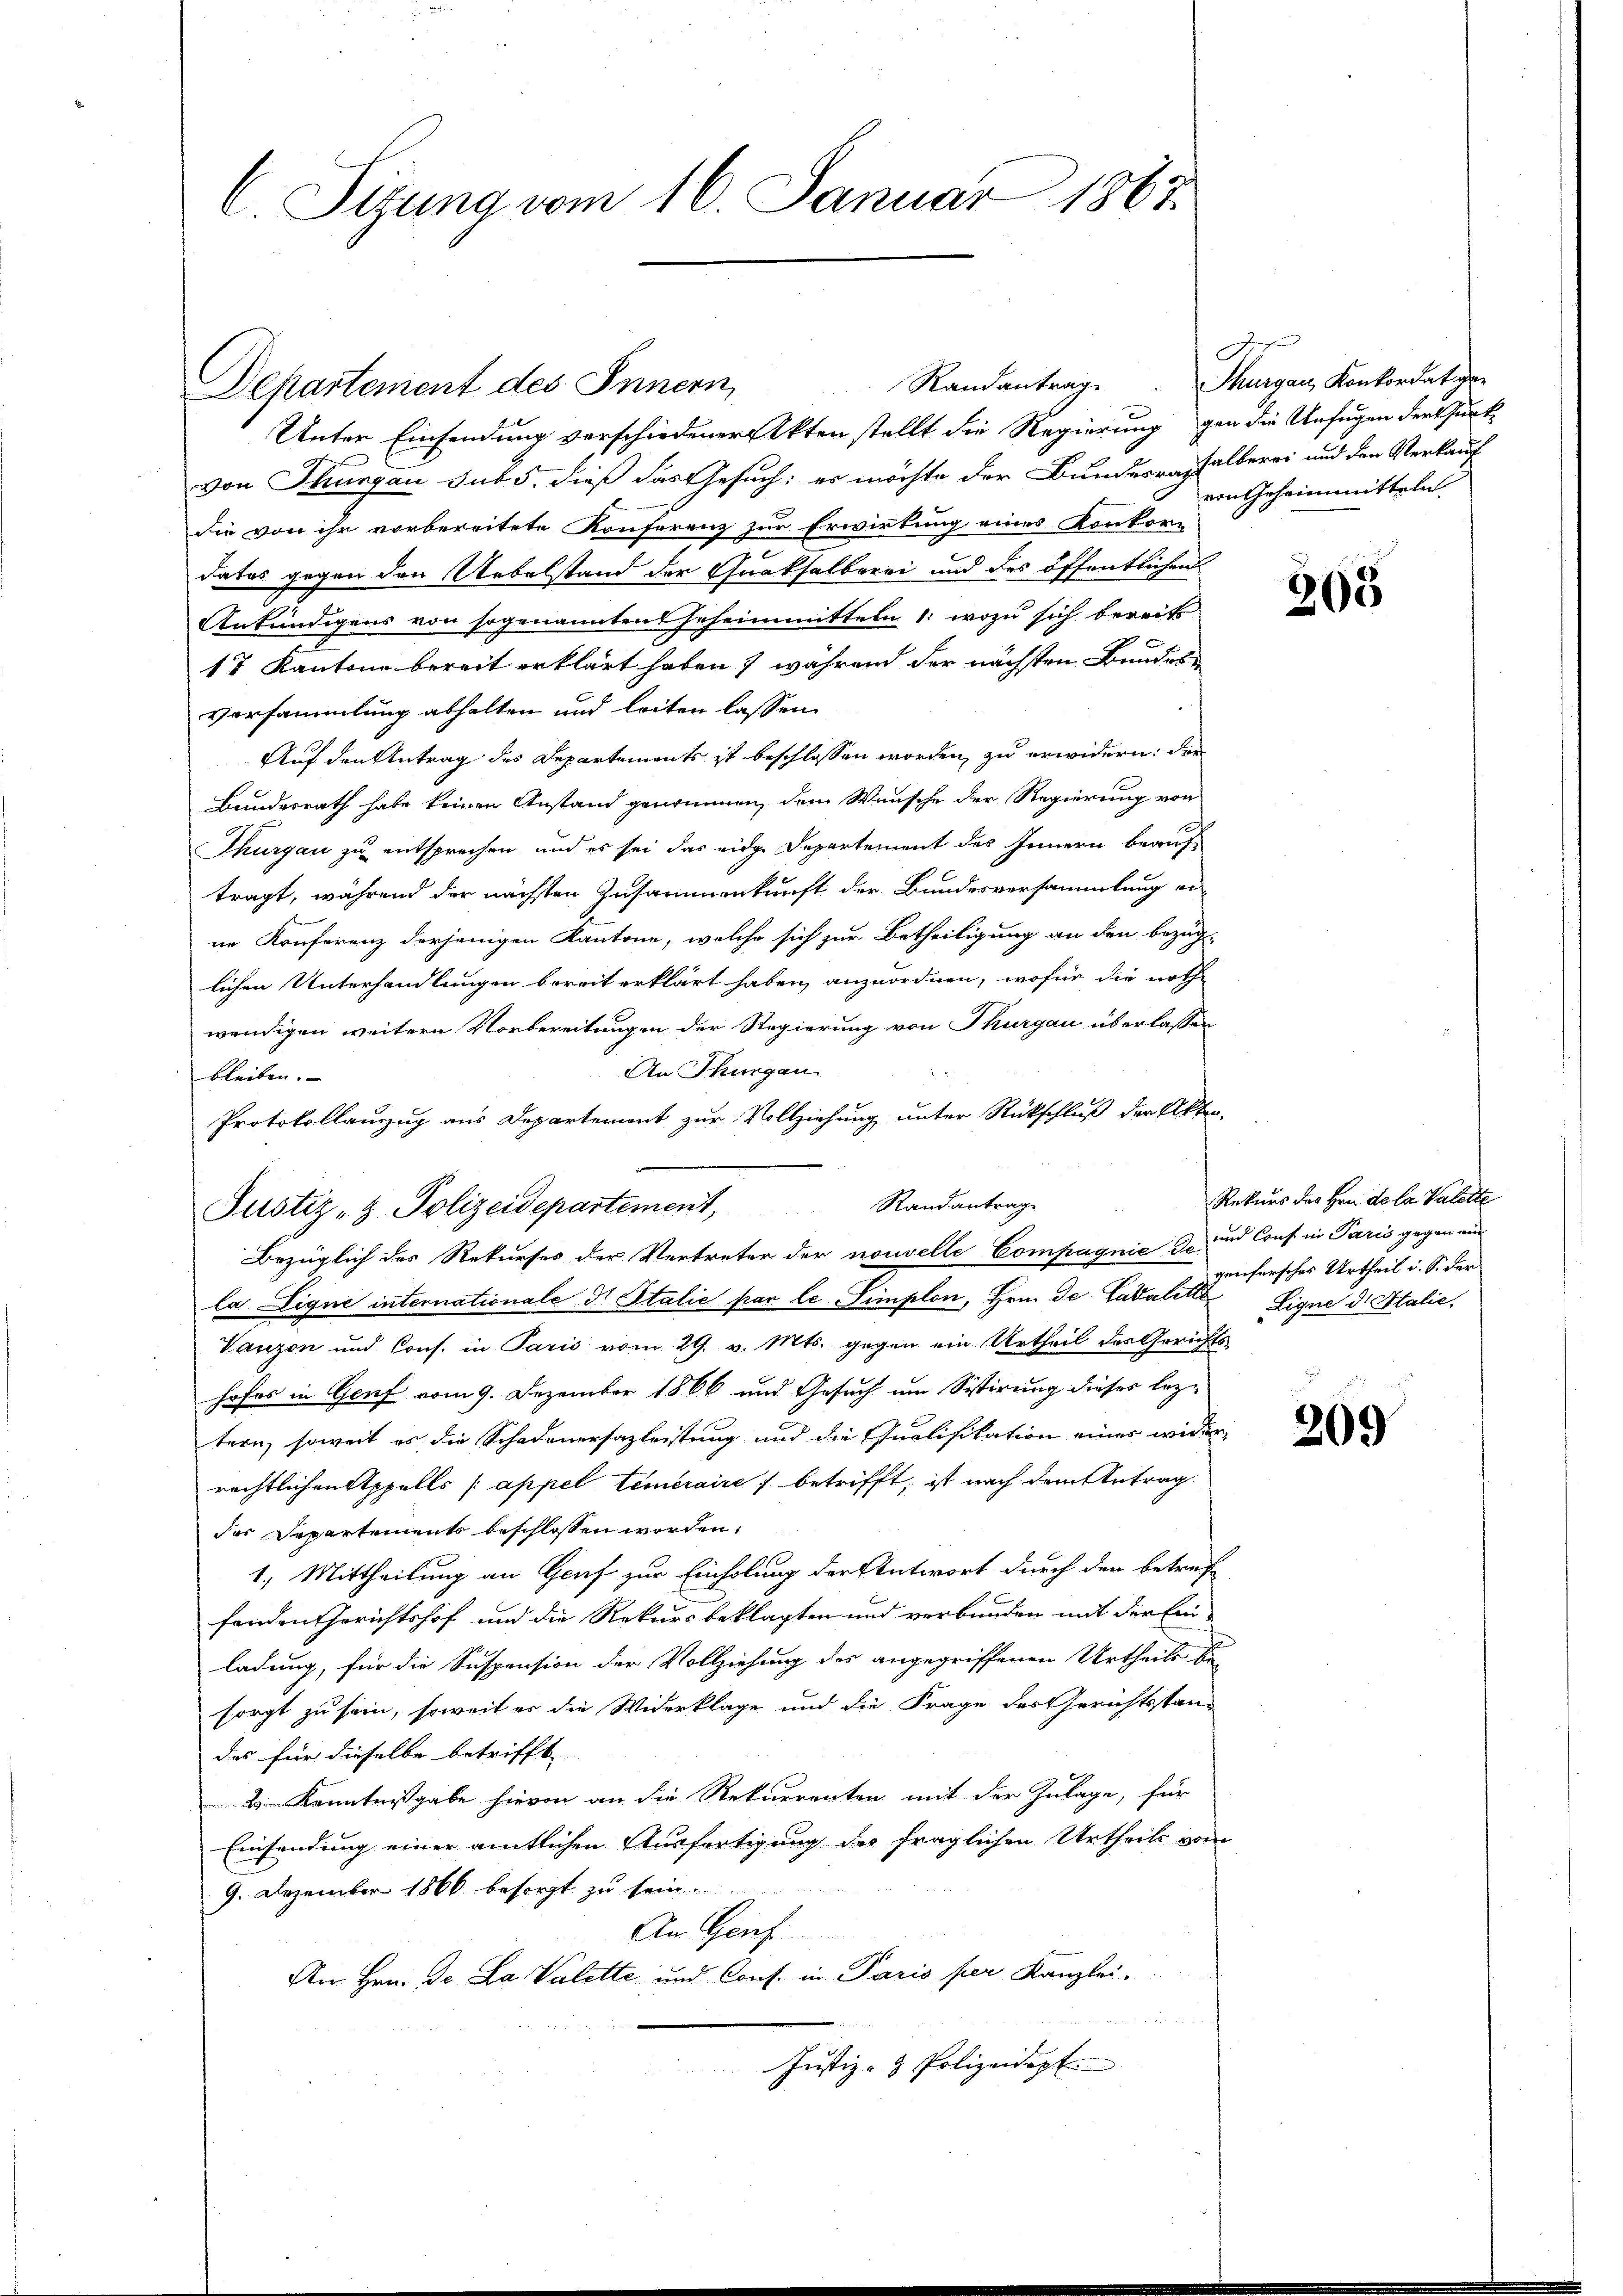
Departement des Innern,
Unter Einsendung verschiedener Akten stellt die Regierung gen die Anfügen der Thurkvon Thurgau sub 5. dieß das Gesuch; es möchte der Bundesrathalberei und den Verkauf
Sie von ihr vorbereitete Konferenz zur Erwirkung eines Konkordates gegen den Uebelstand der Quakhalberei und des öffentlichen
Ankündigens von sogenannten Geheimmitteln 1: wozu sich bereits
17 Kantone bereit erklärt haben) während der nächsten Bundes¬
Vorsammlung abhalten und leiten lassen.
Auf den Antrag des Departements ist beschlossen worden, zu erwidern: der
Bundesrath habe keinen Anstand genommen, dem Wunsche der Regierung von
Thurgau zu entsprechen, und es sei das eidge Departement des Innern beauftragt, während der nächsten Zusammenkunft der Bundesversammlung ei
ne Konferenz derjenigen Kantone, welche sich zur Betheiligung an den bezüg-
lichen Unterhandlungen bereit erklärt haben anzuordnen, wofür die noth-
wendigen weitern Vorbereitungen der Regierung von Thurgau überlassen
An Thurgau
bleiben.
Protokollauszug aus Departement zur Vollziehung unter Rückschluß der Akten-
Justiz- & Polizeidepartement, Randantrage
Bezüglich des Rekurses der Vertreter der nouvelle Compagnie de und Cons. in Paris gegen ein
la Ligne internationale dr Italie par le Simplon, Hrn. De Ladalette Eigne dr Italie
Vanzon und Cons. in Paris vom 29. v. Mts. gegen ein Urtheil des Gerichts
hofes in Genf vom 9. Dezember 1866 und Gesuch um Sistirung dieses leztern, soweit es die Schadenersazleistung und die Qualifikation einer wider-
rechtlichen Appelle (appel teméraires betrifft, ist nach dem Antrag
der Departements beschlossen worden.
1.) Mittheilung an Genf zur Einholung der Entwort durch den betref
fenden Gerichtshof und die Rekursbeklagten und verbunden mit der Ein-
ladung, für die Suspension der Vollziehung des angegriffenen Urtheile be-
sorgt zu sein, soweit er die Widerklage und die Frage des Gerichtsstan-
das für dieselbe betrifft
2 Kenntnißgabe hievon an die Rekurrenten mit der Zulage, für
Einsendung einer amtlichen Ausfertigung des fraglichen Urtheils vom
9. Dezember 1866 besorgt zu sein.
An Genf
An Hrn. Dr. La Valette und Cons. in Paris per Kanzlei.
Justiz- & Polizeidept.

C. Sizung vom 16. Januar 1867

Dr
Randantrag. Thurgau, Konkordat ger
von Geheimitteln

1

205

Rekurs des Hrn. de la Valette
genfersches Urtheil i. S. der

209